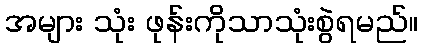
အများ သုံး ဖုန်းကိုသာသုံးစွဲရမည်။